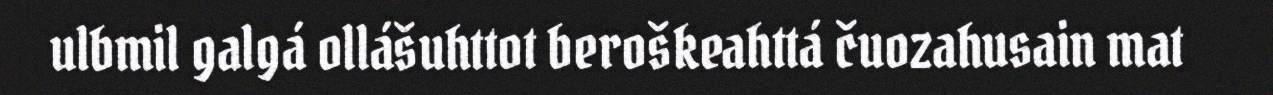
ulbmil galgá ollášuhttot beroškeahttá čuozahusain mat